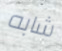
شابه